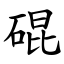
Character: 䃂